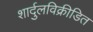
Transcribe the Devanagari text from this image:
शार्दुलविक्रीडित